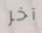
آخر